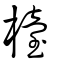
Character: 檯